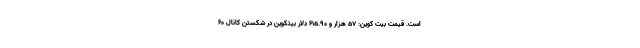
است. قیمت بیت کوین: ۵۷ هزار و ۶۱۵.۹۰ دلار بیتکوین در شکستن کانال ۶۰